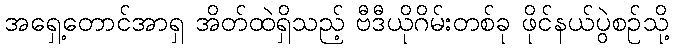
အရှေ့တောင်အာရှ အိတ်ထဲရှိသည့် ဗီဒီယိုဂိမ်းတစ်ခု ဖိုင်နယ်ပွဲစဉ်သို့